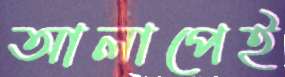
আলাপেই